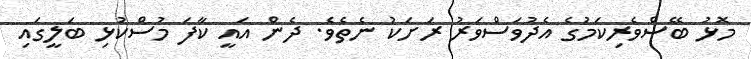
މޮޅު ބޭސްވެރިކަމުގެ އެދުވަސްވަރު ރަށަކު ނެތެވެ. ދެން އައީ ކާފަ މުސްކުޅި ބަލީގައި